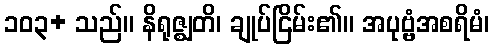
၁၀၃+ သည်။ နိရုဇ္ဈတိ၊ ချုပ်ငြိမ်း၏။ အပုဗ္ဗံအစရိမံ၊